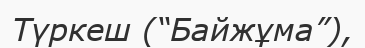
Түркеш (“Байжұма”),